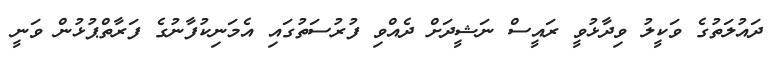
ދައުލަތުގެ ވަކީލު ވިދާޅުވީ ރައީސް ނަޝީދަށް ދެއްވި ފުރުސަތުގައި އެމަނިކުފާނުގެ ފަރާތްޕުޅުން ވަނީ